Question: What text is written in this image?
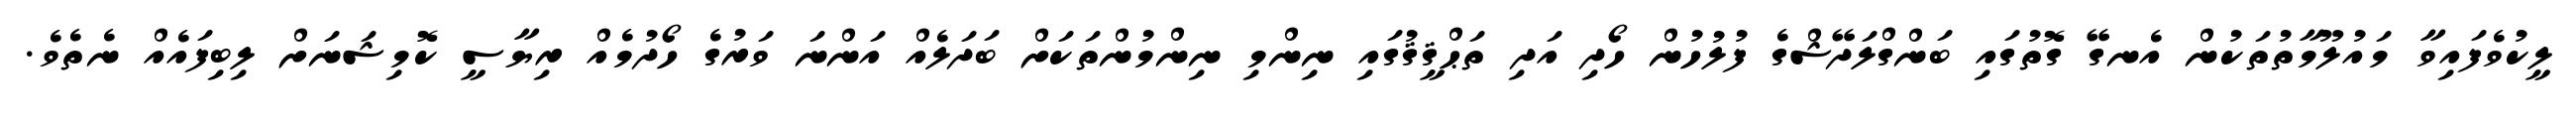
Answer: ލީކުވެފައިވާ މައުލޫމާތުތަކުން އެނގޭ ގޮތުގައި ބަންގްލަދޭޝްގެ ފުލުހުން ހޯދި އަދި ތަޙްޤީޤުގައި ނިންމި ނިންމުންތަކަށް ބަދަލެއް އަންނަ ވަރުގެ ހޯދުމެއް ރިޔާސީ ކޮމިޝަނަށް ލިބިފައެއް ނެތެވެ.